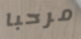
مرحبا